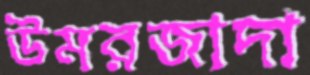
উমরজাদা